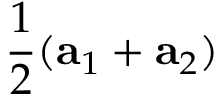
\frac { 1 } { 2 } ( \mathbf { a } _ { 1 } + \mathbf { a } _ { 2 } )